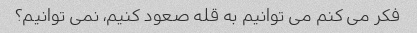
فکر می کنم می توانیم به قله صعود کنیم، نمی توانیم؟